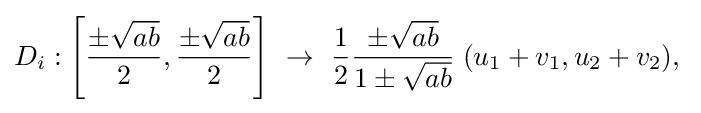
D_{i}:\left[{\frac {\pm {\sqrt {ab}}}{2}},{\frac {\pm {\sqrt {ab}}}{2}}\right]\ \rightarrow \ {\frac {1}{2}}{\frac {\pm {\sqrt {ab}}}{1\pm {\sqrt {ab}}}}\;(u_{1}+v_{1},u_{2}+v_{2}),\;